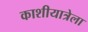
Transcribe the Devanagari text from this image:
काशीयात्रेला